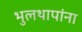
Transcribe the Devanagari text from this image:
भुलथापांना